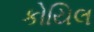
કોયિલ